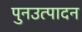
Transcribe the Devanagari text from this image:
पुनउत्पादन